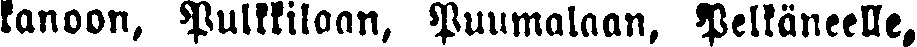
kanoon, Pulkkilaan, Puumalaan, Pelkäneelle,